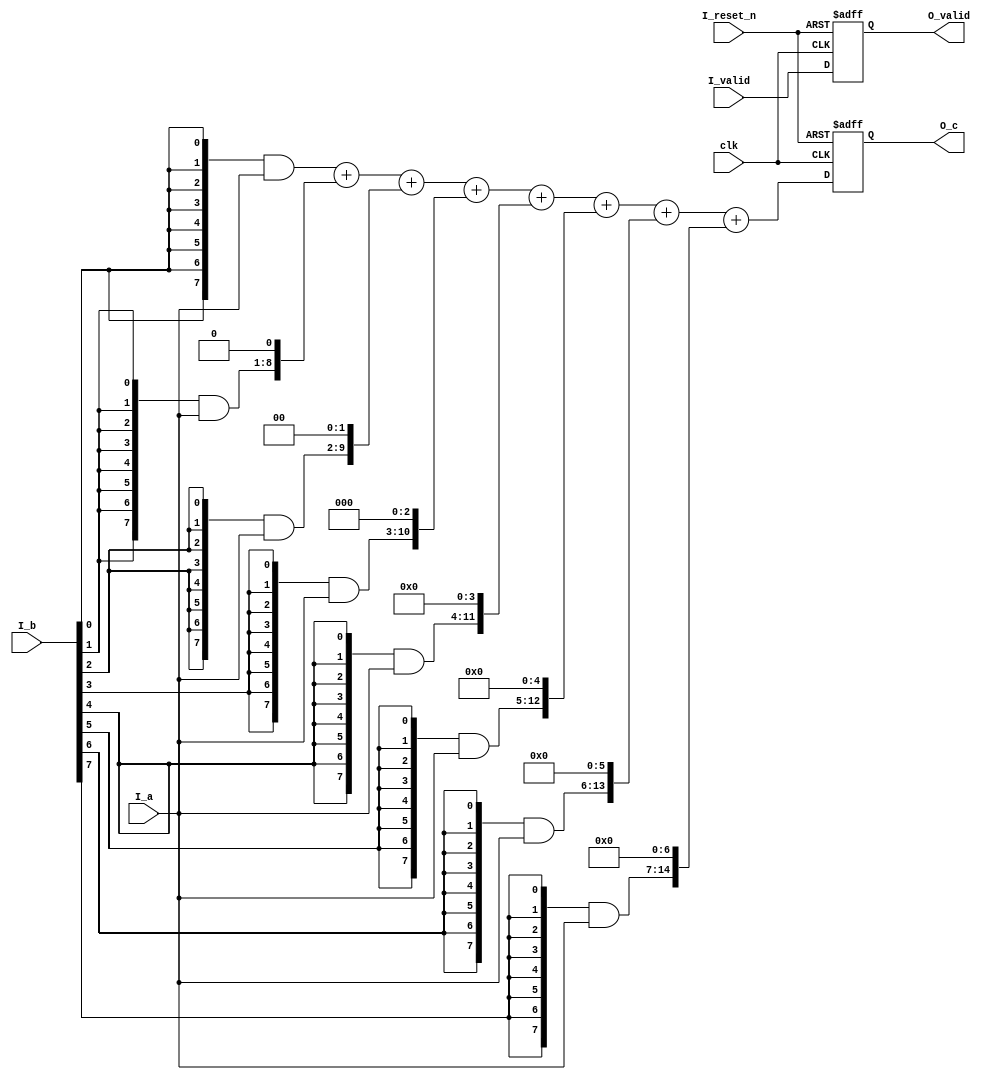
module array_multiplier16 ( 
    input               clk,
    input               I_reset_n,
    input               I_valid,
    input      [7:0]    I_a,
    input      [7:0]    I_b,
    output reg          O_valid,
    output reg [15:0]   O_c
);
                
//--- Main body of code ---  
always @(posedge clk or negedge I_reset_n)
begin
    if(~I_reset_n) 
    begin
        O_valid <= 1'b0;
        O_c     <= 16'b0;
    end 
    else
    begin
        O_valid <= I_valid;
        O_c     <= (({8{I_b[0]}} & I_a)     ) + 
                   (({8{I_b[1]}} & I_a) << 1) + 
                   (({8{I_b[2]}} & I_a) << 2) + 
                   (({8{I_b[3]}} & I_a) << 3) + 
                   (({8{I_b[4]}} & I_a) << 4) + 
                   (({8{I_b[5]}} & I_a) << 5) + 
                   (({8{I_b[6]}} & I_a) << 6) + 
                   (({8{I_b[7]}} & I_a) << 7)  
                   ;
    end
end

endmodule